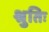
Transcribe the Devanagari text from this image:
श्रुतिः